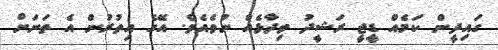
ގައިދީން ކަމެއް ޑީޖީ ރަޝީދު ވިދާޅެއް ނުވެއެވެ. އޭގެ އިތުރުން އެ ތަނަށް